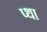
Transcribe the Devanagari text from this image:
प्था